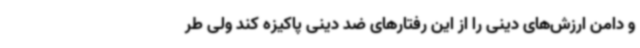
و دامن ارزش‌های دینی را از این رفتارهای ضد دینی پاکیزه کند ولی طر